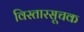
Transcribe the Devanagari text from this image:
विस्तारसूचक